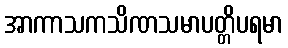
အာကာသကသိဏသမာပတ္တိပရမာ